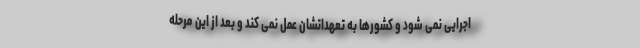
اجرایی نمی شود و کشورها به تعهداتشان عمل نمی کند و بعد از این مرحله